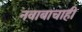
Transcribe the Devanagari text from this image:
नवाबाचाही